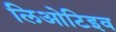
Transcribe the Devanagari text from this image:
लिओटिइव